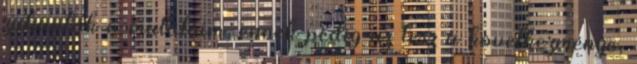
zuhantak a mutatóim, ennek pedig az lesz a következménye,